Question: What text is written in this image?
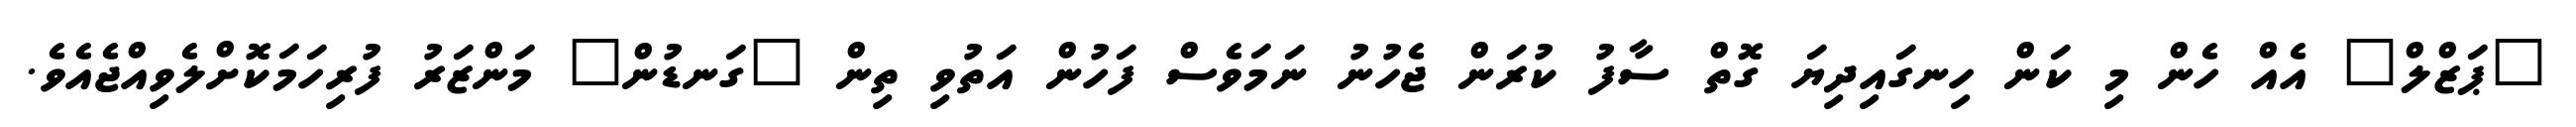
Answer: "ޕަޒްލް" އެއް ހެން މި ކަން ހިނގައިދިޔަ ގޮތް ސާފު ކުރަން ޖެހުނު ނަމަވެސް ފަހުން އަތުވި ތިން "ގަނޑުން" މަންޒަރު ފުރިހަމަކޮށްލެވިއްޖެއެވެ.